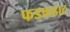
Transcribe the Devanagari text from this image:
फडफडाट